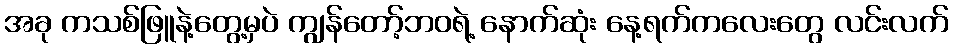
အခု ကသစ်ဖြူနဲ့တွေ့မှပဲ ကျွန်တော့်ဘဝရဲ့ နောက်ဆုံး နေ့ရက်ကလေးတွေ လင်းလက်